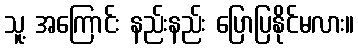
သူ့ အကြောင်း နည်းနည်း ပြောပြနိုင်မလား။